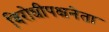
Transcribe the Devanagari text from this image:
विरोधीपक्षनेता